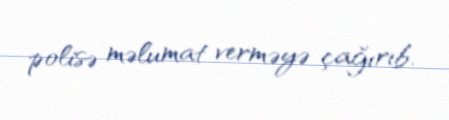
polisə məlumat verməyə çağırıb.